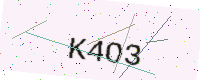
Text: K4O3